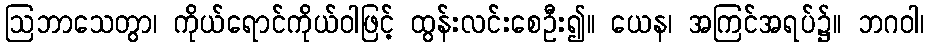
ဩဘာသေတွာ၊ ကိုယ်ရောင်ကိုယ်ဝါဖြင့် ထွန်းလင်းစေဦး၍။ ယေန၊ အကြင်အရပ်၌။ ဘဂဝါ၊